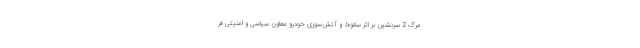
مرگ 2 سرنشین بر اثر سقوط و آتش‌سوزی خودرو معاون سیاسی و امنیتی فر